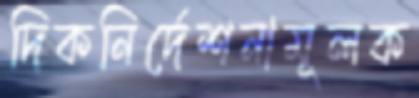
দিকনির্দেশনামূলক